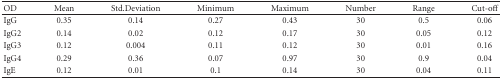
<table><thead><tr><td><b>OD</b></td><td><b>Mean</b></td><td><b>Std.Deviation</b></td><td><b>Minimum</b></td><td><b>Maximum</b></td><td><b>Number</b></td><td><b>Range</b></td><td><b>Cut-off</b></td></tr></thead><tbody><tr><td>IgG</td><td>0.35</td><td>0.14</td><td>0.27</td><td>0.43</td><td>30</td><td>0.5</td><td>0.06</td></tr><tr><td>IgG2</td><td>0.14</td><td>0.02</td><td>0.12</td><td>0.17</td><td>30</td><td>0.05</td><td>0.12</td></tr><tr><td>IgG3</td><td>0.12</td><td>0.004</td><td>0.11</td><td>0.12</td><td>30</td><td>0.01</td><td>0.16</td></tr><tr><td>IgG4</td><td>0.29</td><td>0.36</td><td>0.07</td><td>0.97</td><td>30</td><td>0.9</td><td>0.04</td></tr><tr><td>IgE</td><td>0.12</td><td>0.01</td><td>0.1</td><td>0.14</td><td>30</td><td>0.04</td><td>0.11</td></tr></tbody></table>